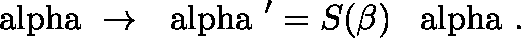
\mathrm { \boldmath ~ \ a l p h a ~ } \to \mathrm { \boldmath ~ \ a l p h a ~ } ^ { \prime } = S ( \beta ) \, \mathrm { \boldmath ~ \ a l p h a ~ } .